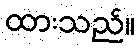
ထားသည်။